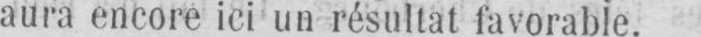
aura encore ici un résultat favorable.